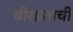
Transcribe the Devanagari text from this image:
वीरव्रताची